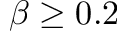
\beta \geq 0 . 2